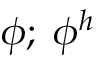
\phi ; \; \phi ^ { h }